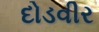
દોડવીર